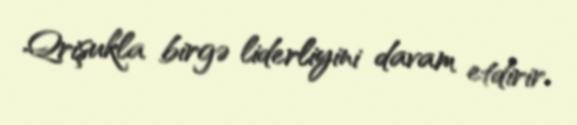
Qrişukla birgə liderliyini davam etdirir.